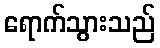
ရောက်သွားသည်